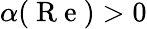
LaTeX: \alpha(\mathrm{~R~e~})>0